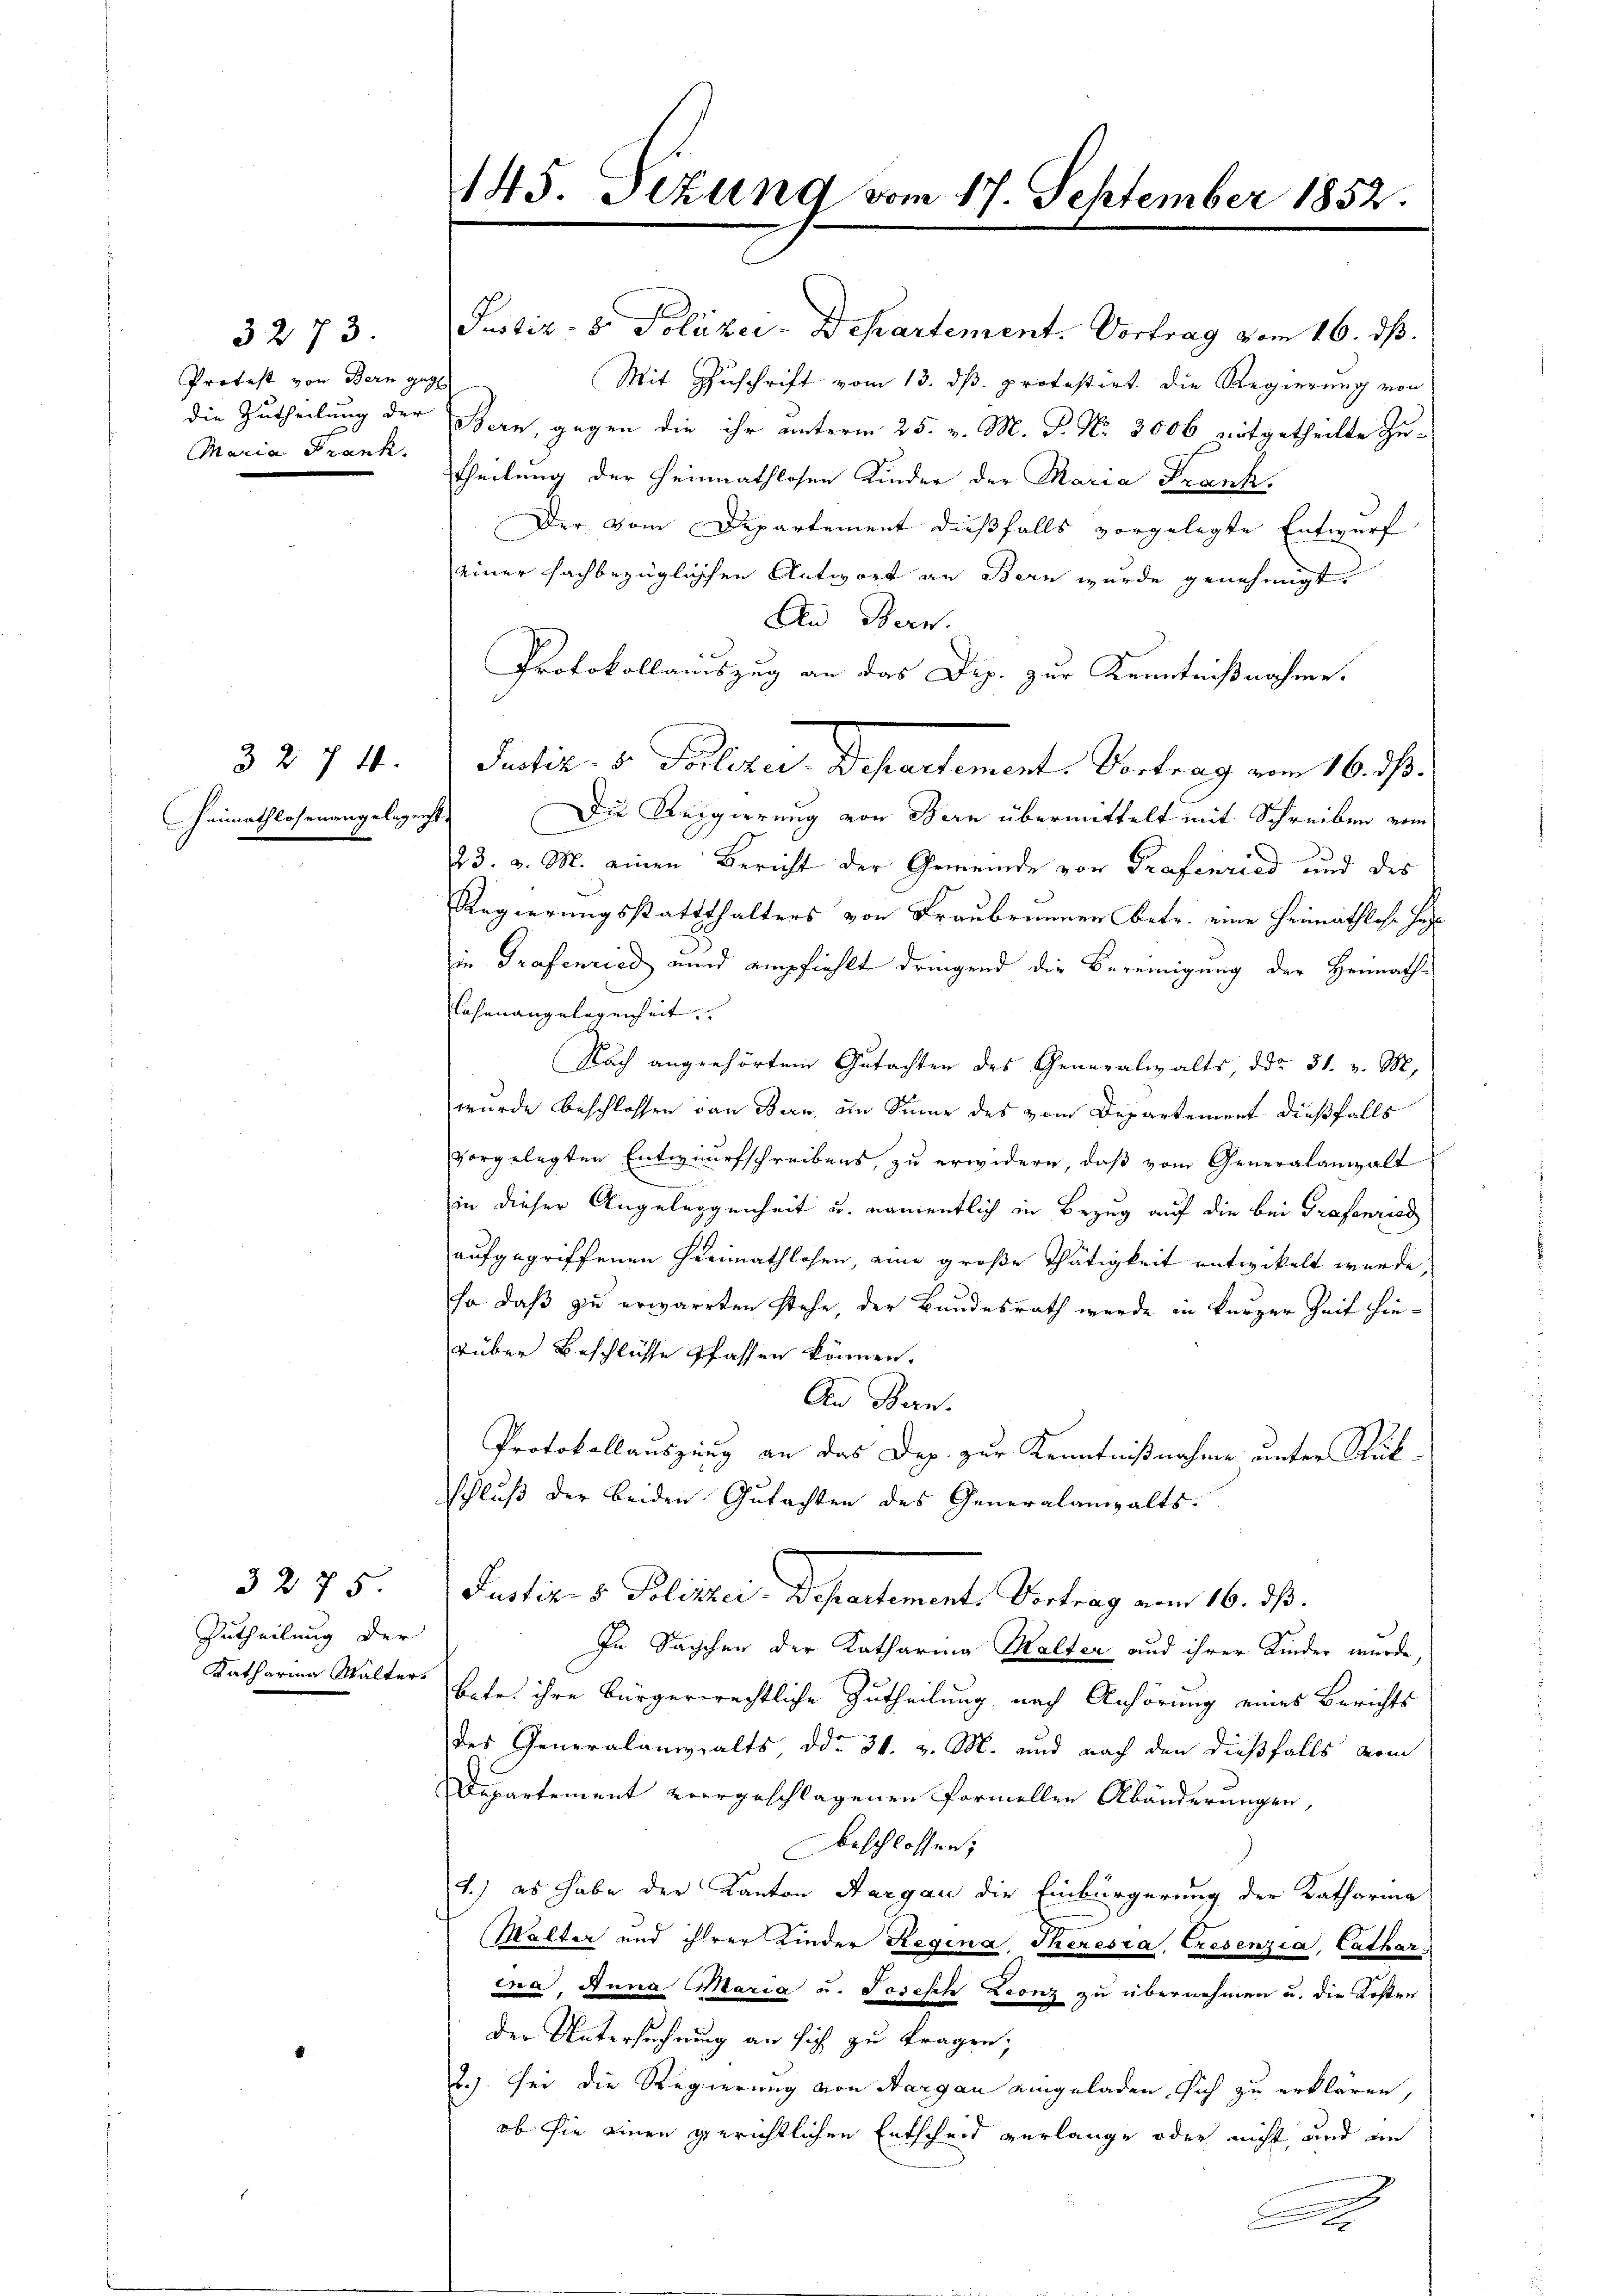
Protest von Bern geg
Maria Frank.

3 274.
Heimathlosenangelegenst

3275.
Zutheilung der

145. Sizung vom 17. September 1852.

Protokollauszug an das Dep. zur Kenntnißnahme.
Justiz- & Politer. Departement. Vortrag vom 16. d.
Die Regierung von Stern übermittelt mit Schreiben vom
s
223. v. M. einen Bericht der Gemeinde von Grafenried und des
Regierungsstatthalters von Fraubrunnen Betr. eine Heimathlose Herr
in Grafenried unnd empfiehlt dringend die Bereinigung der Heimath¬
Rasenangelegenheit
Nach angehörtem Gutachten des Generalizalts, ddo 31. v. M.
wurde beschlossen von Bern, an Sinne des vom Departement dießfalls
vorgelegten Entwurfschreibens, zu erwidern, daß vom Generalanwalt
in dieser Angeleggenheit u. namentlich in Bezug auf die bei Grafenried
aufgegriffenen Heimathlosen, eine große Thätigkeit entwickelt wurde,
Ja daß zu erwarrten stehe, der Bundesrath werde in kurzer Zeit hierüber Beschlüsse pfassen können.
An Bern.
Protokollauszung an das Dep. zur Kenntnißnahme unter Rükschluß der beiden Gutachten des Generalampalts.
Justiz- & Polizei, Departement. Vortrag am 16. ds.
In Sachchen der Katharing Malter und ihrer Kinder wurde,
Katharina Walter, betr. ihre bürgerrechtliche Zutheilung nach Anhörung eines Berichts
des Generalanzhalts, ddo 31. v. M. und nach den dießfalls vom
Departement vergeschlagenen formellen Abänderungen,
beschlossen;
1.) es habe der Kanton Aargau die Einbürgerung der Katharina
Malter und ihrer Kinder Regina Theresia, Tresenzia, Cathar
ina Anna Maria u. Joseph Leonz zu übernehmen u. die Kosten
der Untersuchung an sich zu tragen;
2.). sei die Regierung von Aargau eingeladen sich zu erklären,
ob sie einen gerichtlichen Entscheid verlange oder nicht und an
2
.

3273. Justiz- & Polizei-Departement. Vortrag vom 16. ds.
Mit Zuschrift vom 13. dß. protestirt die Regierung von
die Zutheilung der Bern, gegen die ihr unterm 25. v. M. P. Nr. 3006 mitgetheilte Zu-
theilung der Heimathlosen Kinder der Maria Frank.
Der vom Departement dießfalls vorgelegte Entwurf
einer fachbezüglichen Antwort an Bern wurde genehmigt.
An Bern.